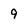
Character: 9